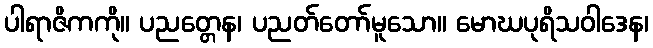
ပါရာဇိကကို။ ပညတ္တေန၊ ပညတ်တော်မူသော။ မောဃပုရိသဝါဒေန၊